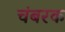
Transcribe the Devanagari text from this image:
चंबरक